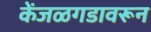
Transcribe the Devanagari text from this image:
केंजळगडावरून